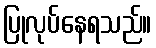
ပြုလုပ်နေရသည်။